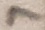
Text: 7